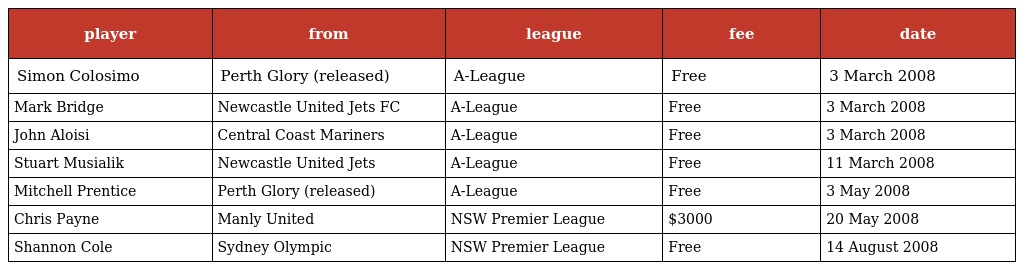
| player | from | league | fee | date |
 | --- | --- | --- | --- | --- |
 | Simon Colosimo | Perth Glory (released) | A-League | Free | 3 March 2008 |
 | Mark Bridge | Newcastle United Jets FC | A-League | Free | 3 March 2008 |
 | John Aloisi | Central Coast Mariners | A-League | Free | 3 March 2008 |
 | Stuart Musialik | Newcastle United Jets | A-League | Free | 11 March 2008 |
 | Mitchell Prentice | Perth Glory (released) | A-League | Free | 3 May 2008 |
 | Chris Payne | Manly United | NSW Premier League | $3000 | 20 May 2008 |
 | Shannon Cole | Sydney Olympic | NSW Premier League | Free | 14 August 2008 |